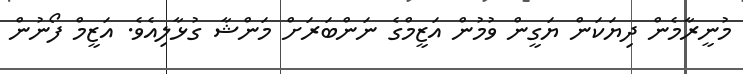
މުނީރާމެން ދިޔަކަން ޔަގީން ވުމުން އަޒީމްގެ ނަންބަރަށް މަންޝާ ގުޅާލިއެވެ. އަޒީމް ފޯނުން